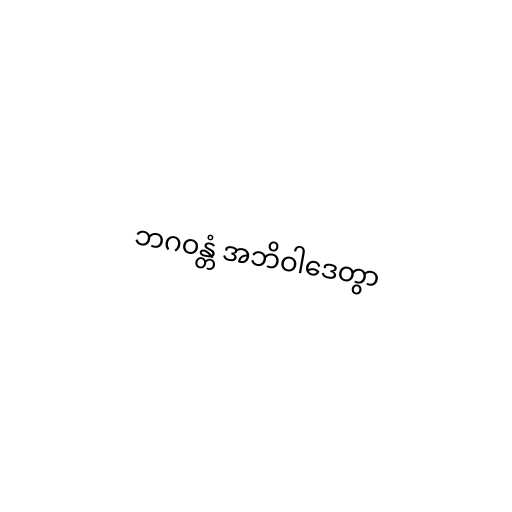
ဘဂဝန္တံ အဘိဝါဒေတွာ